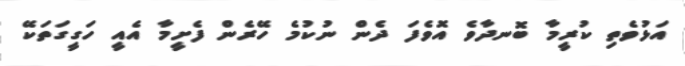
އަޅުވެތި ކުރީމާ ބޮނދާވެ އޮވެފަ ދެން ނުކުމެ ހޭރެން ފެށީމާ އެއީ ހަގީގަތަކޭ